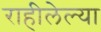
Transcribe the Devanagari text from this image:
राहीलेल्या